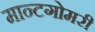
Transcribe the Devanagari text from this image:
मान्टगोमरी